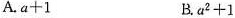
A.$$a + 1$$ B.$$a ^ { 2 } + 1$$